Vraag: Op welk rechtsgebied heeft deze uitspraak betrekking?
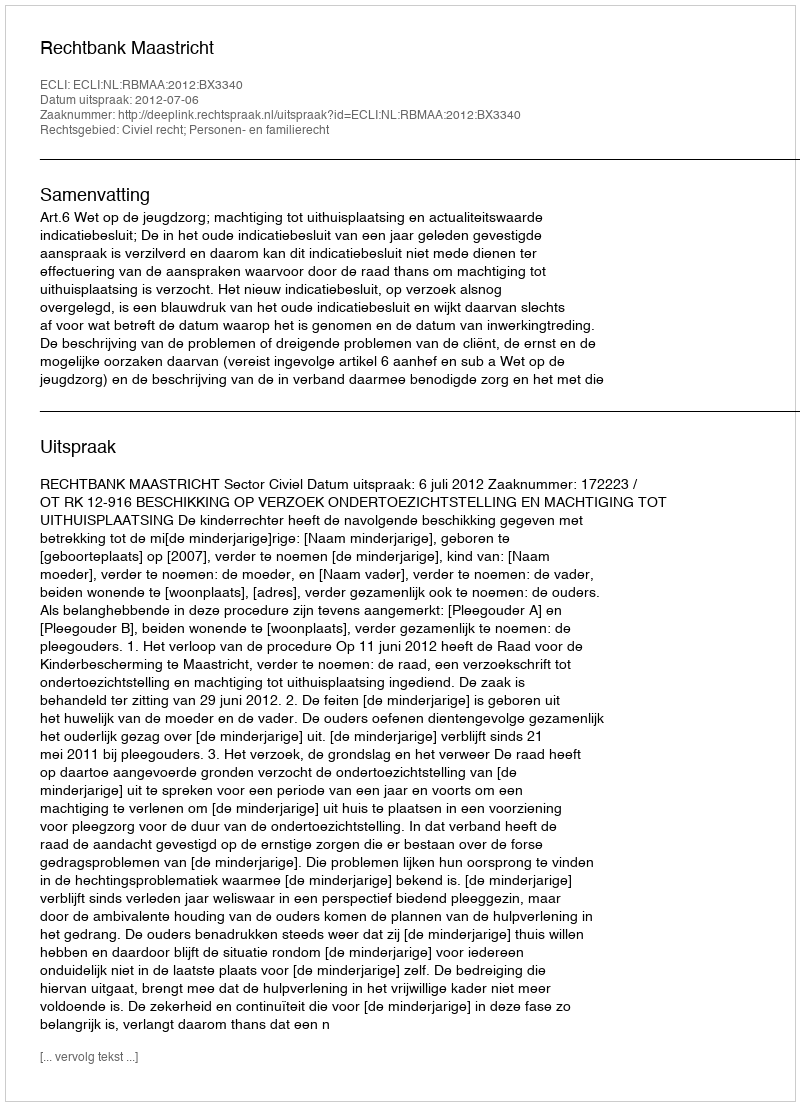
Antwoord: Civiel recht; Personen- en familierecht